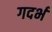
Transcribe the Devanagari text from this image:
गदर्भ